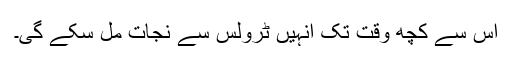
اس سے کچھ وقت تک انہیں ٹرولس سے نجات مل سکے گی۔